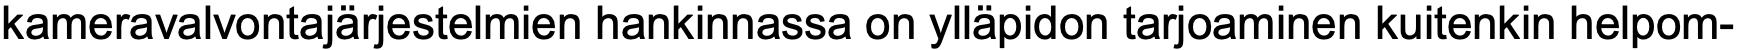
kameravalvontajärjestelmien hankinnassa on ylläpidon tarjoaminen kuitenkin helpom-